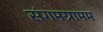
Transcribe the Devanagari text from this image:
संगमग्रामम